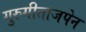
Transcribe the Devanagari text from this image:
गुरुगीताजपेन